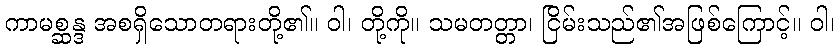
ကာမစ္ဆန္ဒ အစရှိသောတရားတို့၏။ ဝါ၊ တို့ကို။ သမတတ္တာ၊ ငြိမ်းသည်၏အဖြစ်ကြောင့်။ ဝါ၊